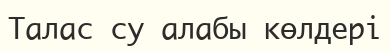
Талас су алабы көлдері